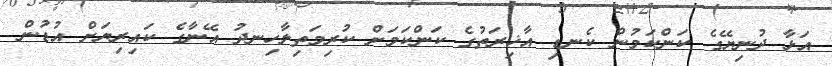
އަޅާ ދުނިޔޭގެ ކަންކަމުން ކެނޑި އާޚިރަތުގެ ކަންކަމަށް ކުރިމަތިލާހިނދު އޭނާގެ ކައިރިޔަށް އުޑުން